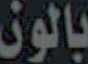
بالون